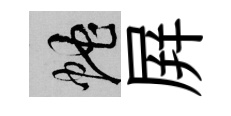
蛇屛